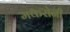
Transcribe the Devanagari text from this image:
मकरोनी